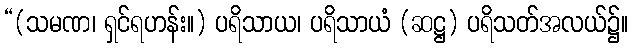
“(သမဏ၊ ရှင်ရဟန်း။) ပရိသာယ၊ ပရိသာယံ (ဆဋ္ဌ) ပရိသတ်အလယ်၌။